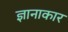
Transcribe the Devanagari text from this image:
ज्ञानाकार